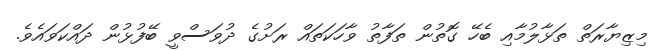
މިޒިޔާރަތް ތަޅާލުމާއި ބެހޭ ގޮތުން ތަފާތު ވާހަކަތައް ރަށުގެ ދުވަސްވީ ބޭފުޅުން ދައްކަވައެވެ.